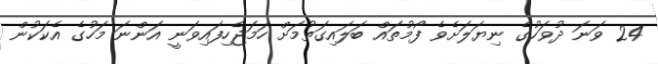
24 ވަނަ ދުވަހުގެ ނިޔަލަށެވެ ފޯމުތައް ބަލައިގަތުމަށް ހަމަޖެހިފައިވަނީ އަންނަ މަހުގެ އެކަކުން